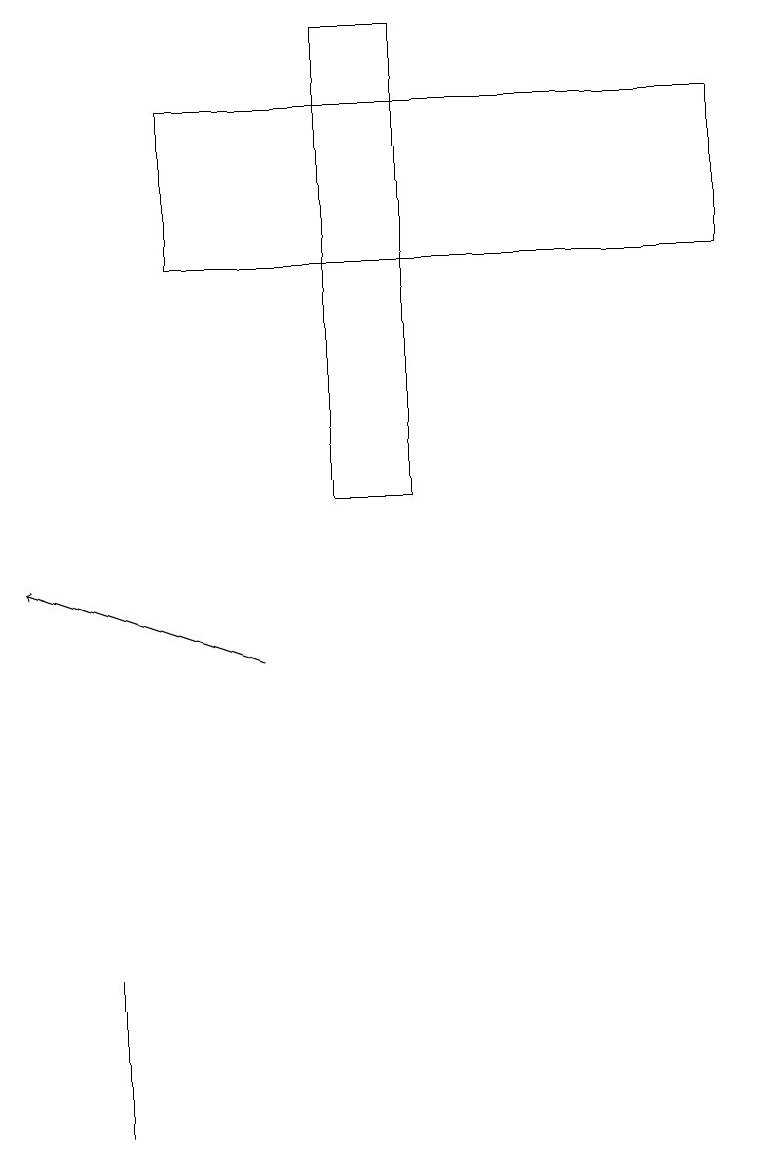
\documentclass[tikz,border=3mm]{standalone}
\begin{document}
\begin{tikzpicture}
\draw (1,6) -- (1,7) -- (1,5) -- cycle;
\draw[->] (3,11) -- (0,12);
\draw (4,13) rectangle (5,19);
\draw (2,16) rectangle (9,18);
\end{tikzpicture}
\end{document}